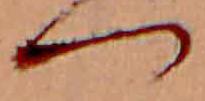
つ